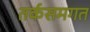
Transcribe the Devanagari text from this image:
तर्कसमगत